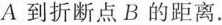
A到折断点B的距离。